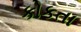
કોકતા